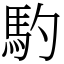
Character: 馰